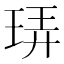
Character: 𪻠